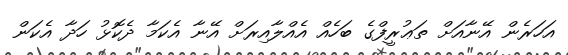
އަހަރެން އޭނާއަށް ތަޢުރީފްގެ ބަހެއް އެއްލާއިރަށް އޭނާ އެކަމާ ދެކޮޅު ހަދާ އެކަން